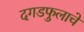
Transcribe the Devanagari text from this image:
दगडफुलाचे